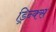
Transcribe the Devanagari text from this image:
ड्रिन्क्स